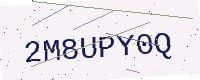
Text: 2M8UPY0Q